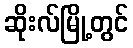
ဆိုးလ်မြို့တွင်